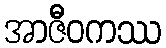
အာဇီဝကဿ